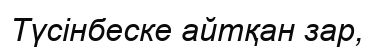
Түсінбеске айтқан зар,